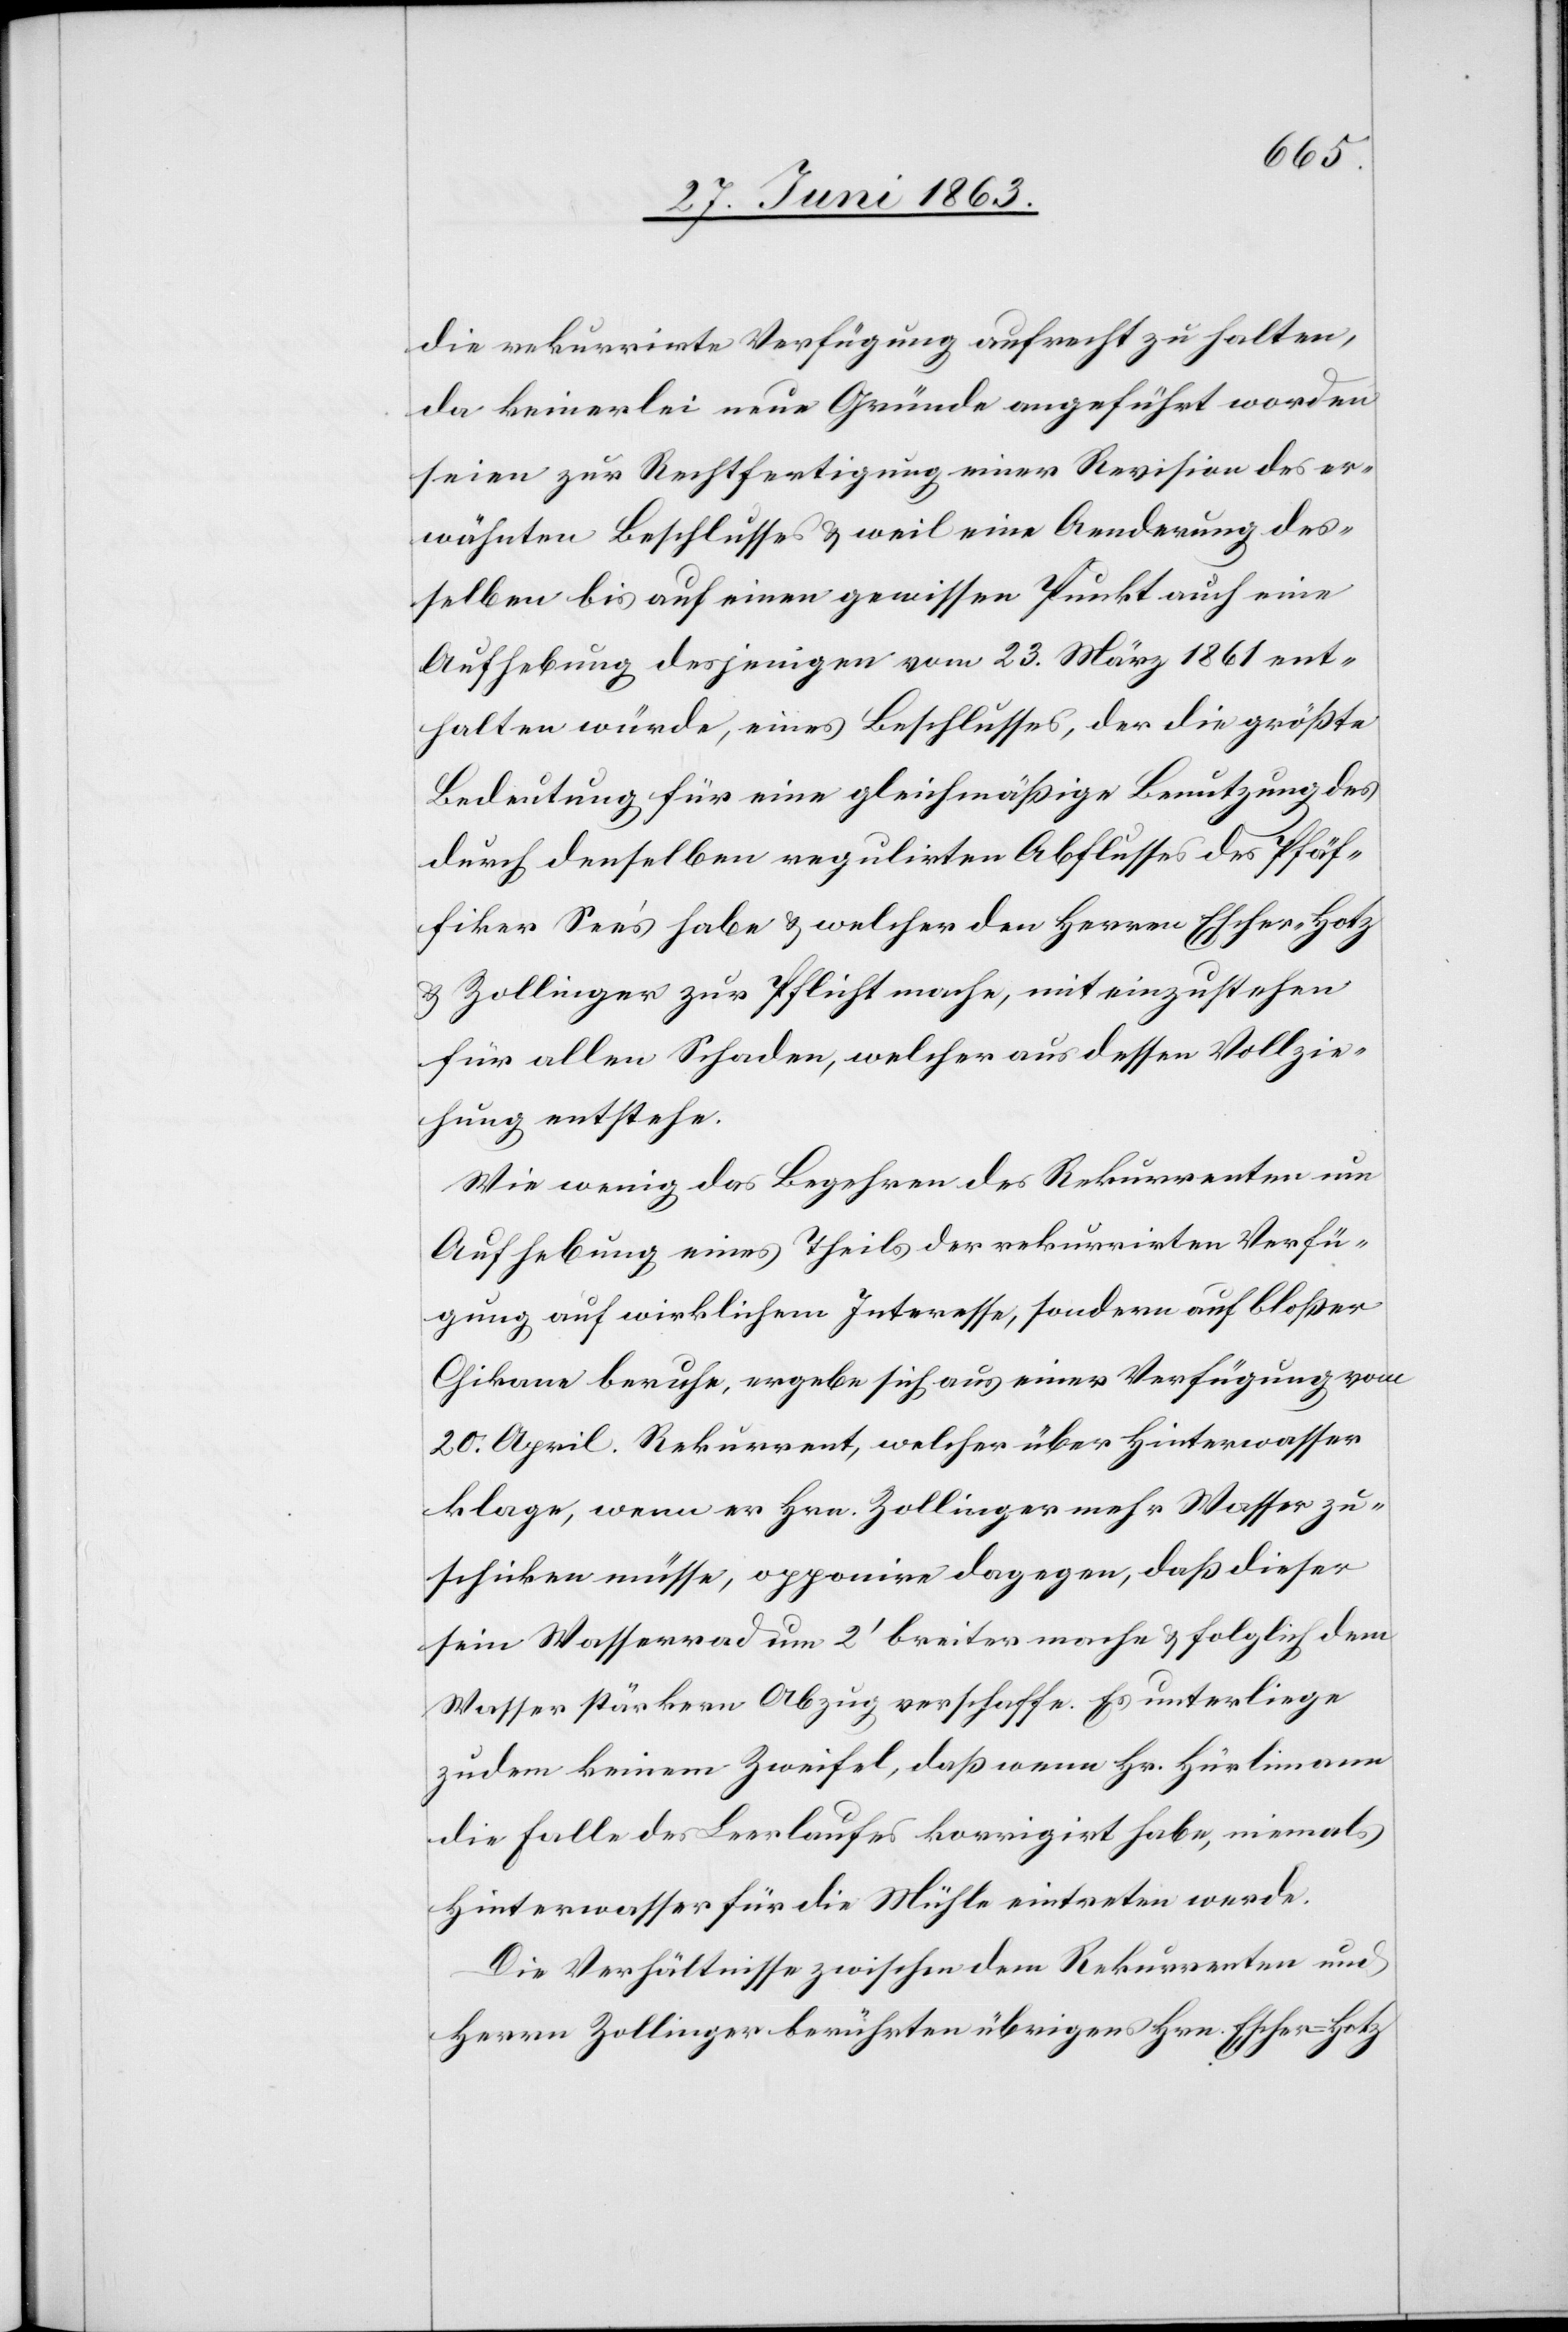
die rekurrirte Verfügung aufrecht zu halten,
da keinerlei neue Gründe angeführt worden
seien zur Rechtfertigung einer Revision des er¬
wähnten Beschlusses & weil eine Aenderung des¬
selben bis auf einen gewissen Punkt auch eine
Aufhebung desjenigen vom 23. März 1861 ent¬
halten würde, eines Beschlusses, der die größte
Bedeutung für eine gleichmäßige Benutzung des
durch denselben regulirten Abflusses des Pfäf¬
fiker See's habe & welcher den Herren Escher-Hotz
& Zollinger zur Pflicht mache, mit einzustehen
für allen Schaden, welcher aus dessen Vollzie¬
hung entstehe.
Wie wenig das Begehren des Rekurrenten um
Aufhebung eines Theils der rekurrirten Verfü¬
gung auf wirklichem Interesse, sondern auf bloßer
Chikane beruhe, ergebe sich aus einer Verfügung vom
20. April. Rekurrent, welcher über Hinterwasser
klage, wenn er Hrn. Zollinger mehr Wasser zu¬
schicken müsse, opponire dagegen, daß dieser
sein Wasserrad um 2' breiter mache & folglich dem
Wasser stärkern Abzug verschaffe. Es unterliege
zudem keinem Zweifel, daß wenn Hr. Hürlimann
die Falle des Leerlaufes korrigirt habe, niemals
Hinterwasser für die Mühle eintreten werde.
Die Verhältnisse zwischen dem Rekurrenten und
Herrn Zollinger berührten übrigens Hrn. Escher-Hotz